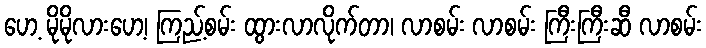
ဟေ့ မိုမိုလားဟေ့၊ ကြည့်စမ်း ထွားလာလိုက်တာ၊ လာစမ်း လာစမ်း ကြီးကြီးဆီ လာစမ်း